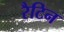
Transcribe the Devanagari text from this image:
रैटिन